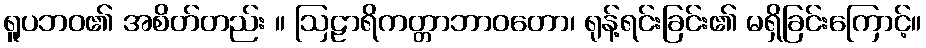
ရူပဘဝ၏ အစိတ်တည်း ။ ဩဠာရိကတ္တာဘာဝတော၊ ရုန့်ရင်းခြင်း၏ မရှိခြင်းကြောင့်။